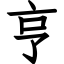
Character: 亨